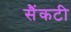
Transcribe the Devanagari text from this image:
सैंकटी